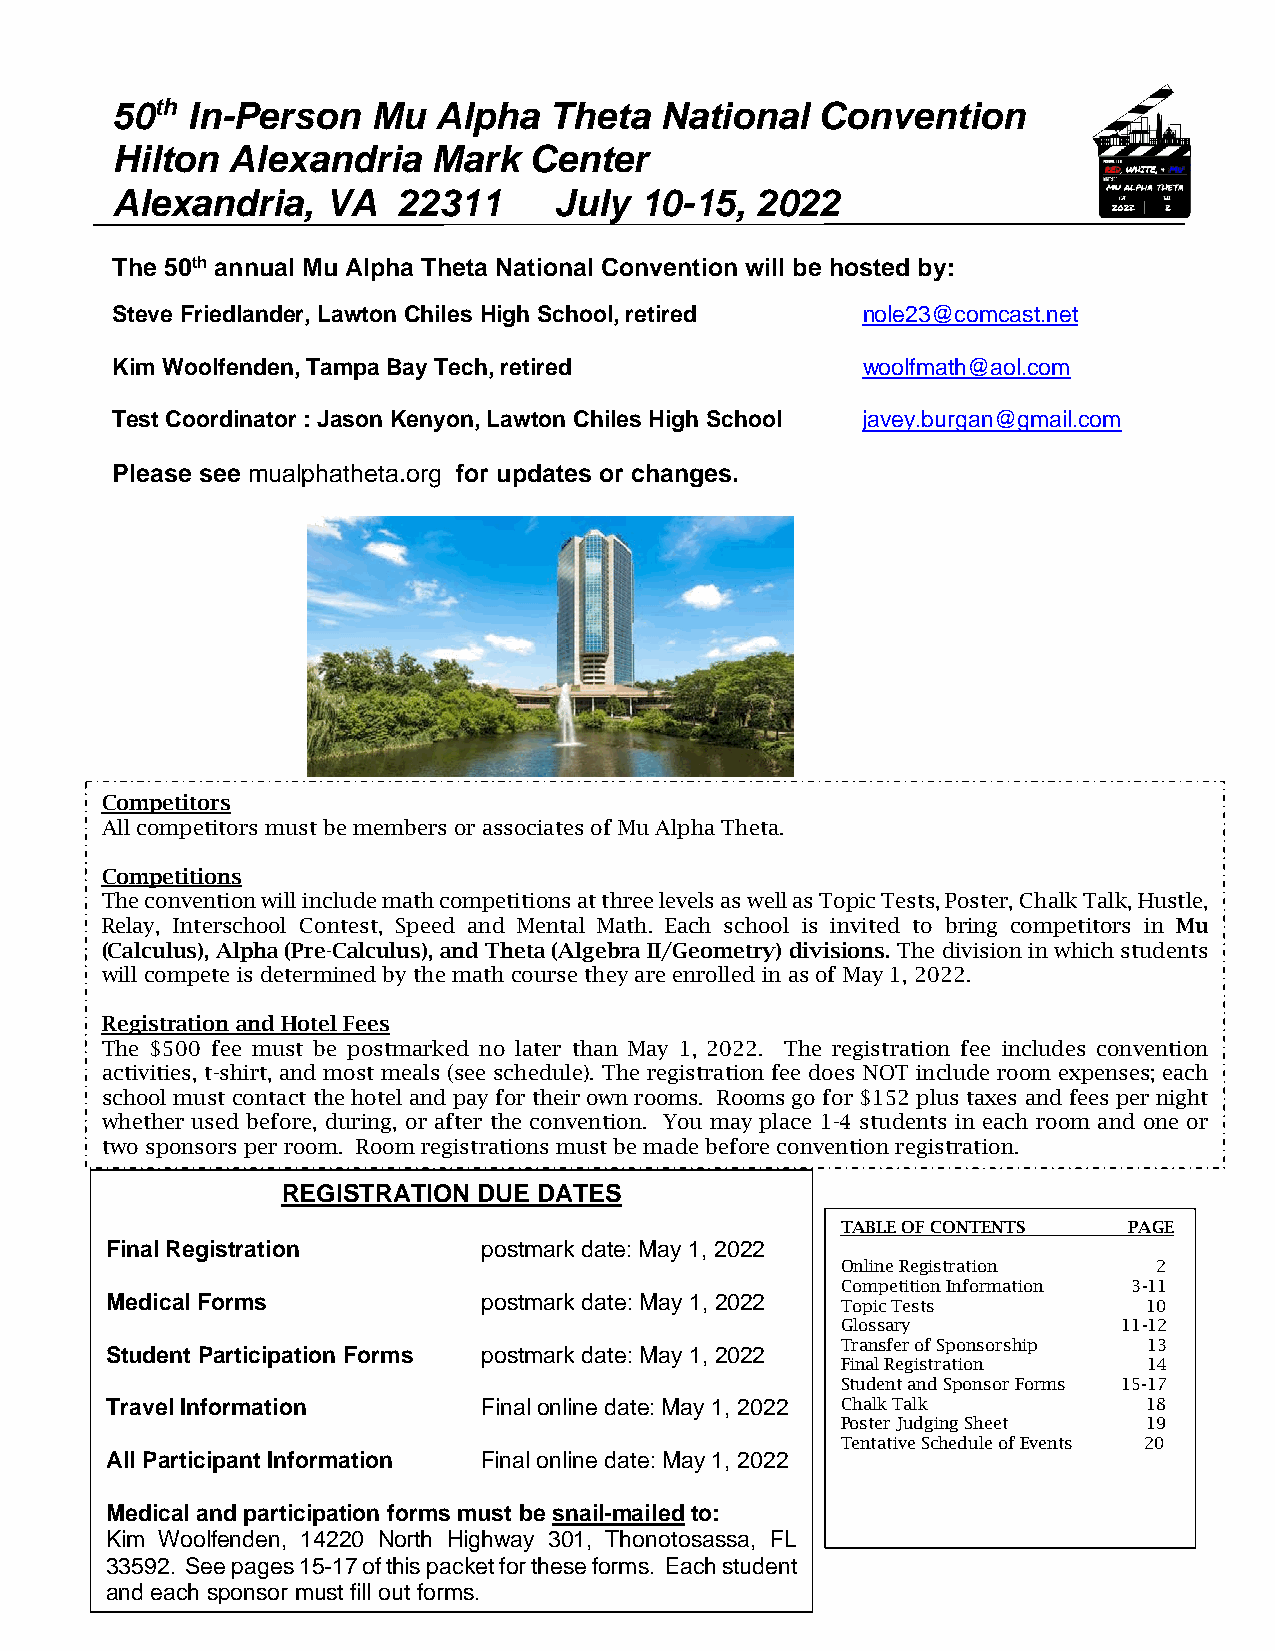
50th In-Person    Mu  Alpha  Theta   National  Convention
 Hilton  Alexandria    Mark  Center
 Alexandria,    VA  22311      July 10-15,  2022
 The 50th annual Mu Alpha Theta National Convention will be hosted by:
 Steve Friedlander, Lawton Chiles High School, retired nole23@comcast.net
 Kim Woolfenden, Tampa Bay Tech, retired           woolfmath@aol.com
 Test Coordinator : Jason Kenyon, Lawton Chiles High School javey.burgan@gmail.com
 Please see mualphatheta.org for updates or changes.
 Competitors
 All competitors must be members or associates of Mu Alpha Theta.
 Competitions
 The convention will i nclude math competitions at three levels as well as Topic Tests, Poster, Chalk Talk, Hustle,
 Relay, Interschool Contest, Speed and Mental Math. Each school is invited to bring competitors in Mu
 (Calculus), Alpha (Pre-Calculus), and Theta (Algebra II/Geometry) divisions. The division in which students
 will compete is determined by the math course they are enrolled in as of May 1, 2022.
 Registration and Ho tel Fees
 The $500 fee must be postmarked no later than May 1, 2022. The registration fee includes convention
 activities, t-shirt, and most meals (see schedule). The registration fee does NOT include room expenses; each
 school must contact the hotel and pay for their own rooms. Rooms go for $152 plus taxes and fees per night
 whether used before, during, or after the convention. You may place 1-4 students in each room and one or
 two sponsors per room. Room registrations must be made before convention registration.
 RE GISTRATION DUE DATES
 TABLE OF CONTENTS  PAGE
 Final Registration       postmark date: May 1, 2022
 Online Registration  2
 Competition Information 3-11
 Medical Forms            postmark date: May 1, 2022 Topic Tests      10
 Glossary          11-12
 Transfer of Sponsorship 13
 Student Participation Forms postmark date: May 1, 2022
 Final Registration  14
 Student and Sponsor Forms 15-17
 Travel Information       Final online date: May 1, 2022 Chalk Talk   18
 Poster Judging Sheet 19
 Tentative Schedule of Events 20
 All Participant Info rmation Final online date: May 1, 2022
 Medical and participation forms must be snail-mailed to:
 K im Woolfenden, 14220 North Highway 301, Thonotosassa, FL
 33592. See pages 15-17 of this packet for these forms. Each student
 and each sponsor must fill out forms.